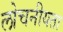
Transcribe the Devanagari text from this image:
लोचनीयता